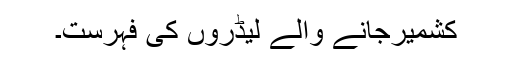
کشمیرجانے والے لیڈروں کی فہرست۔